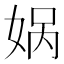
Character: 娲